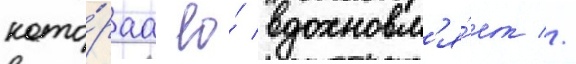
кото́раа ео́ вдохновл'я́ет //